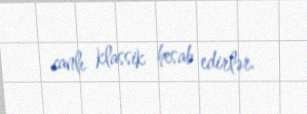
canlı klassik hesab edirlər.